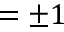
= \pm 1